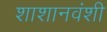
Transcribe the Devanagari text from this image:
शाशानवंशी